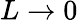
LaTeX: L\rightarrow 0